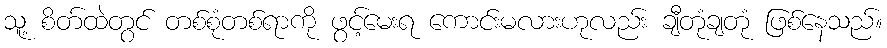
သူ့ စိတ်ထဲတွင် တစ်စုံတစ်ရာကို ဖွင့်မေးရ ကောင်းမလားဟုလည်း ချီတုံချတုံ ဖြစ်နေသည်။